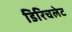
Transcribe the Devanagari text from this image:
डिरिचलेट